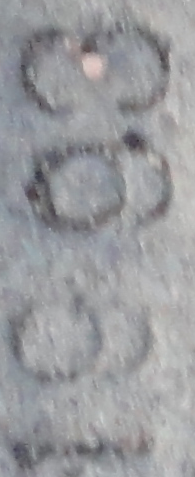
1993